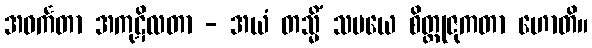
အဝင်္ကတာ အကုဋိလတာ - အယံ တသ္မိံ သမယေ စိတ္တုဇုကတာ ဟောတိ။